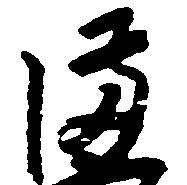
備